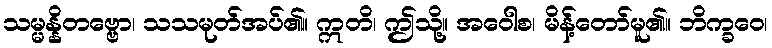
သမ္မန္နိတဗ္ဗော၊ သသမုတ်အပ်၏။ ဣတိ၊ ဤသို့။ အဝေါစ၊ မိန့်တော်မူ၏။ ဘိက္ခဝေ၊